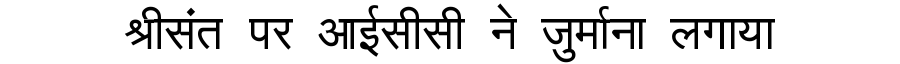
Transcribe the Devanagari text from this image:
श्रीसंत पर आईसीसी ने जुर्माना लगाया